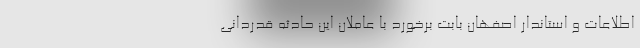
اطلاعات و استاندار اصفهان بابت برخورد با عاملان این حادثه قدردانی